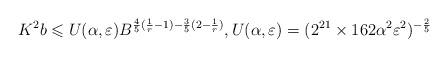
LaTeX: \begin{align*} K^{2} b\leqslant U(\alpha,\varepsilon)B^{\frac{4}{5}(\frac{1}{r}-1)-\frac{3}{5}(2-\frac{1}{r})}, U(\alpha,\varepsilon)= (2^{21}\times 162 \alpha^2\varepsilon^2)^{-\frac{2}{5}} \end{align*}